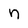
Character: n